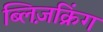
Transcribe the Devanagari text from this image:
ब्लिज़क्रिंग